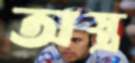
অস্ত্র